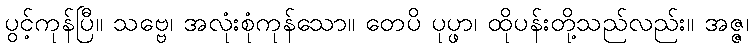
ပွင့်ကုန်ပြီ။ သဗ္ဗေ၊ အလုံးစုံကုန်သော။ တေပိ ပုပ္ဖာ၊ ထိုပန်းတို့သည်လည်း။ အဇ္ဇ၊